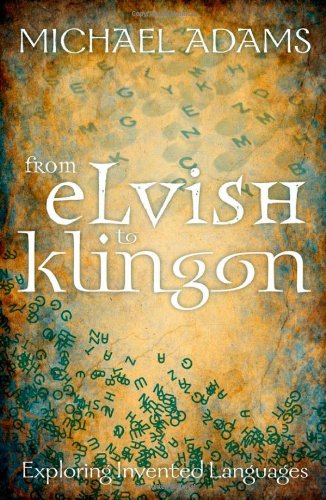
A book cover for From Elvish to Klingon: Exploring Invented Languages; Humor & Entertainment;